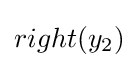
right(y_{2})